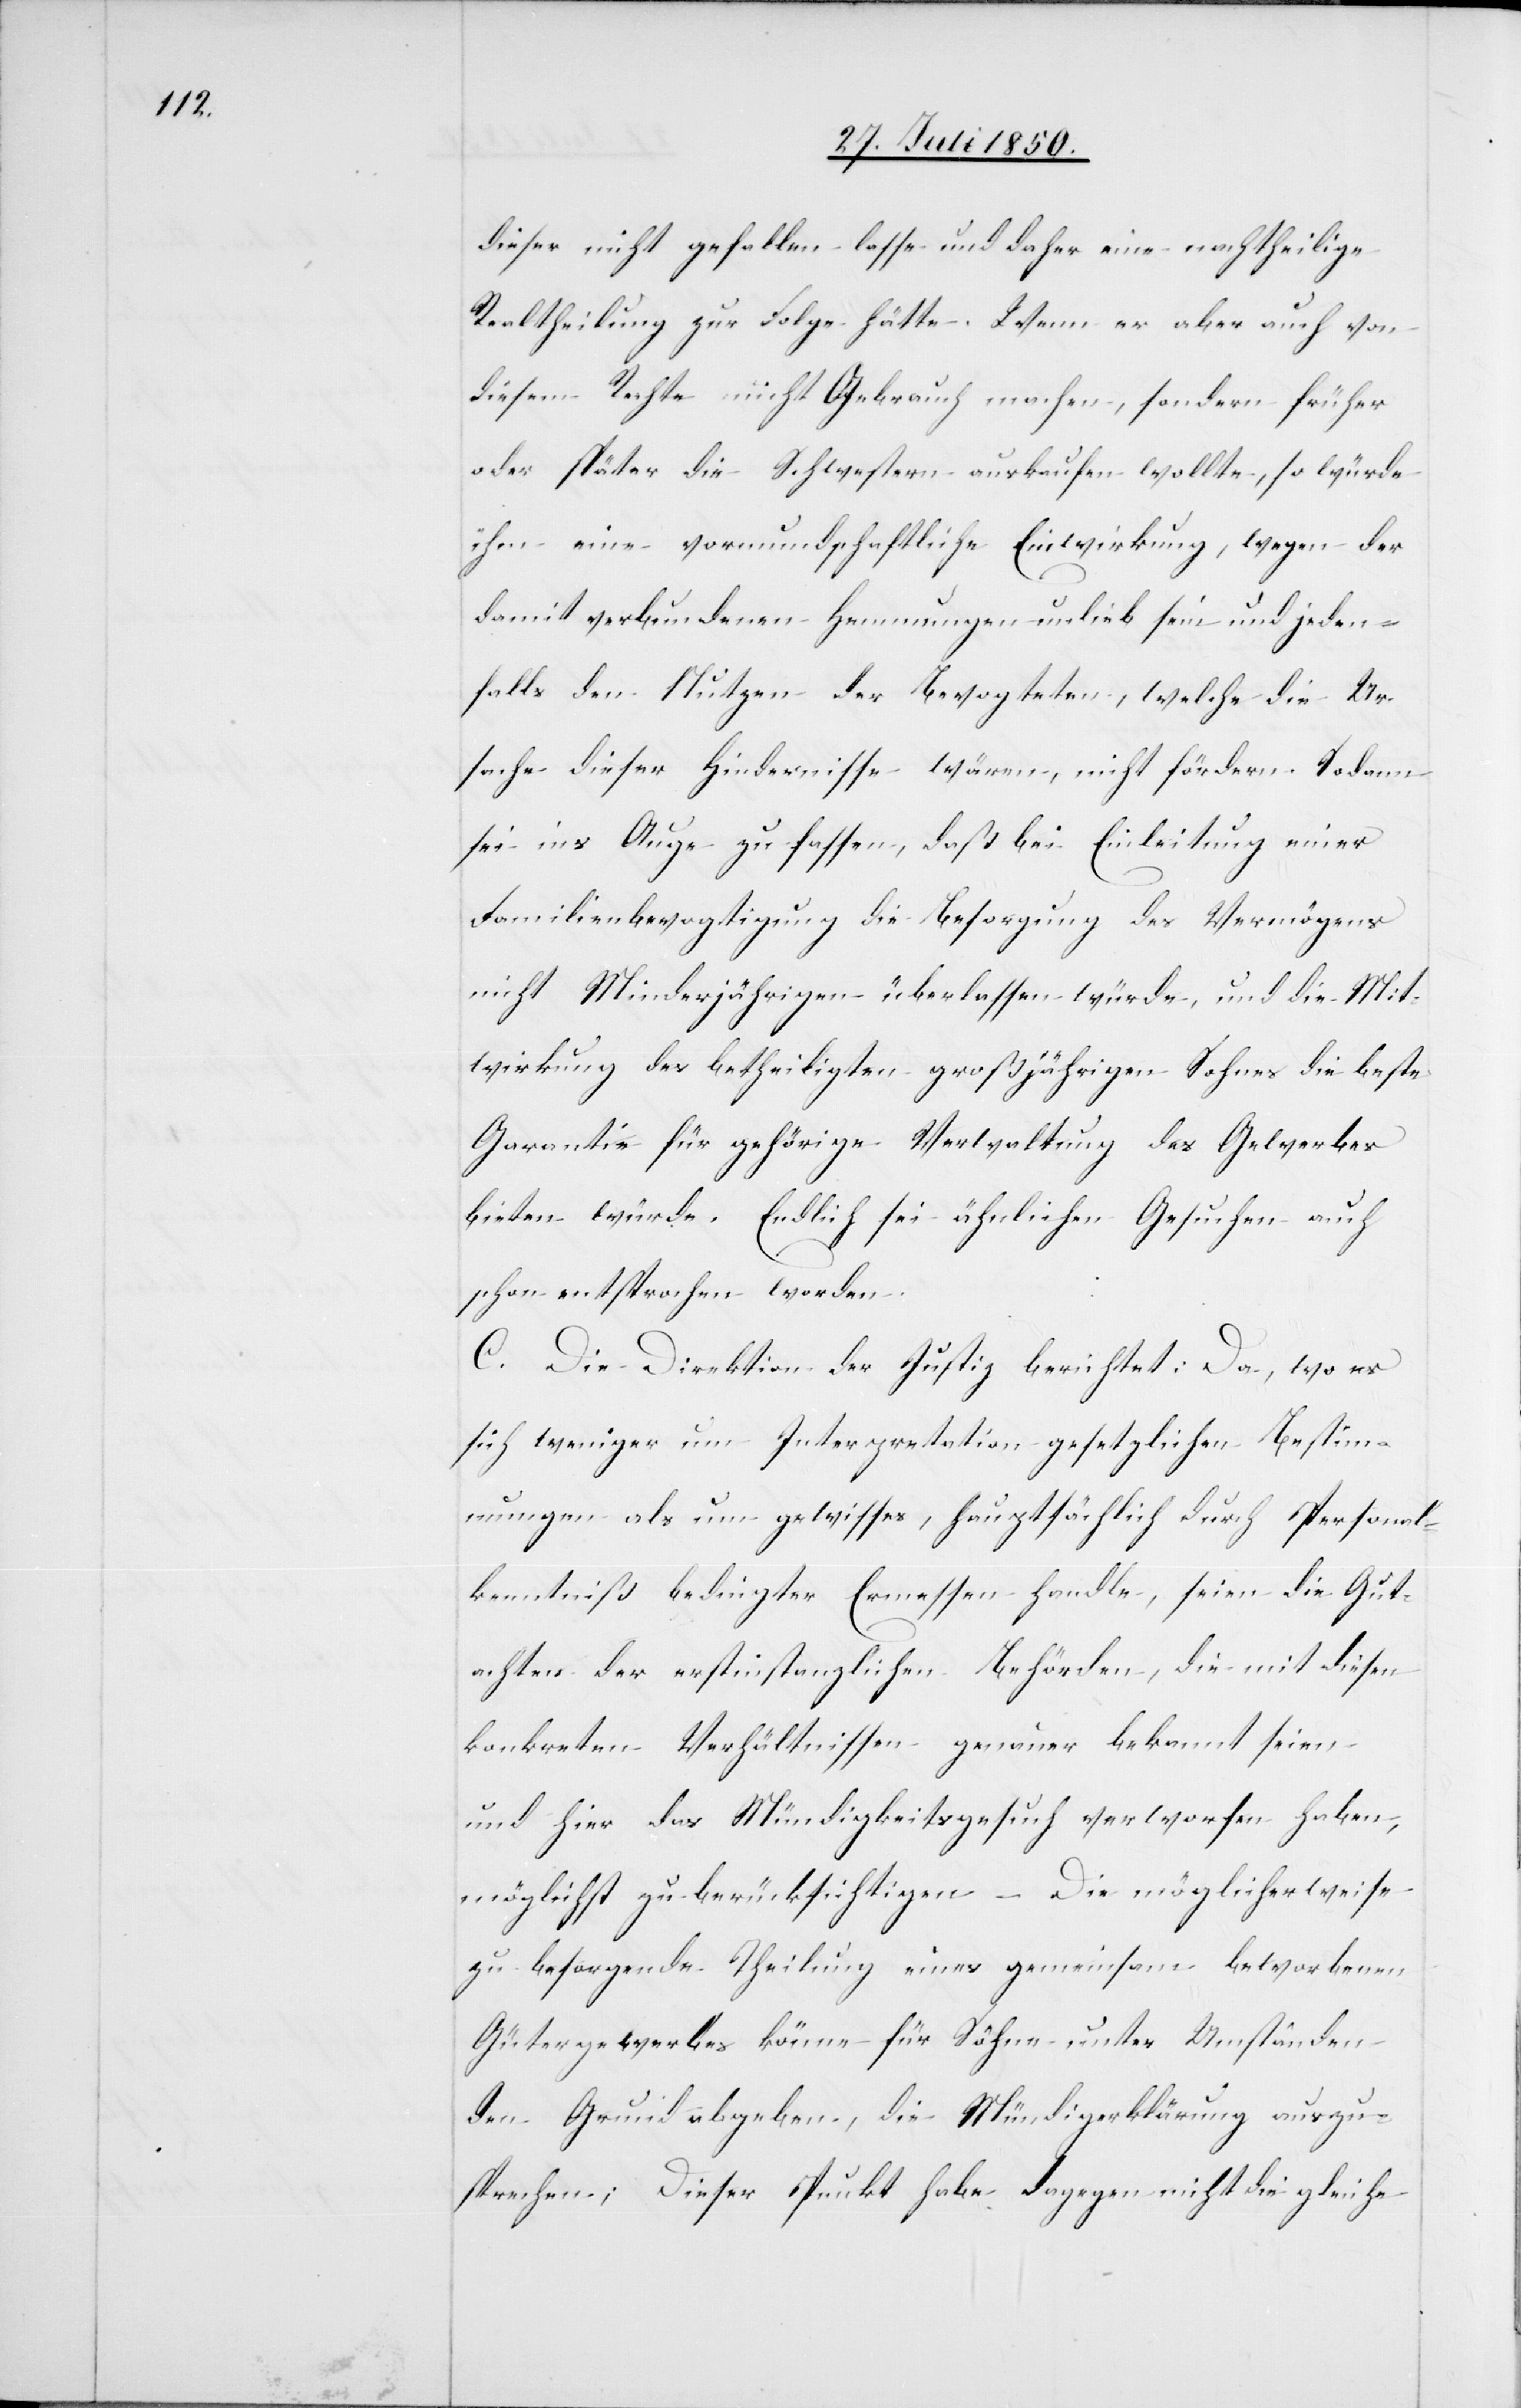
dieser nicht gefallen lasse und daher eine nachtheilige
Realtheilung zur Folge hätte. Wenn er aber auch von
diesem Rechte nicht Gebrauch machen, sondern früher
oder später die Schwestern auskaufen wollte, so würde
ihm eine vormundschaftliche Einwirkung, wegen der
damit verbundenen Hemmungen unlieb sein und jeden¬
falls den Nutzen der Bevogteten, welche die Ur¬
sache dieser Hindernisse wären, nicht fördern. Sodann
sei ins Auge zu fassen, daß bei Einleitung einer
Familienbevogtigung die Besorgung des Vermögens
nicht Minderjährigen überlassen würde, und die Mit¬
wirkung des betheiligten großjährigen Sohnes die beste
Garantie für gehörige Verwaltung des Gewerbes
bieten würde. Endlich sei ähnlichen Gesuchen auch
schon entsprochen worden.
C. Die Direktion der Justiz berichtet: Da, wo es
sich weniger um Interpretation gesetzlichen Bestim¬
mungen als um gewisses, hauptsächlich durch Personal¬
kenntniß bedingter Ermessen handle, seien die Gut¬
achten der erstinstanzlichen Behörden, die mit diesen
konkreten Verhältnissen genauer bekannt seien
und hier das Mündigkeitsgesuch verworfen haben,
möglichst zu berücksichtigen – Die möglicherweise
zu besorgende Theilung eines gemeinsam beworbenen
Gütergewerbes könne für Söhne unter Umständen
den Grund abgeben, die Mündigerklärung auszu¬
sprechen; Dieser Punkt habe dagegen nicht die gleiche